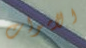
الاموات